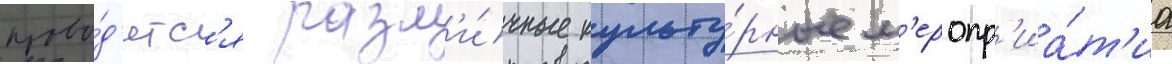
прово́д'ятс'я разл'и́чные культу́рные м'еропр'иа́т'иа